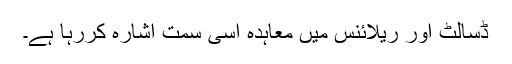
ڈسالٹ اور ریلائنس میں معاہدہ اسی سمت اشارہ کررہا ہے۔